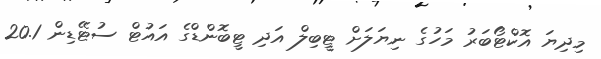
މިދިޔަ އޮކްޓޯބަރު މަހުގެ ނިޔަލަށް ޓީބިލް އަދި ޓީބޮންޑްގެ އައުޓް ސުޓޭޑިން 20.1